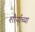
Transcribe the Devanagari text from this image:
शौर्याच्या